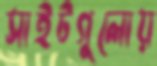
সাইটগুলোয়